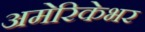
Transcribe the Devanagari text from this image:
अमेरिकेभर